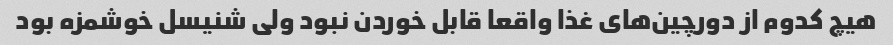
هیچ کدوم از دورچین‌های غذا واقعا قابل خوردن نبود ولی شنیسل خوشمزه بود